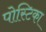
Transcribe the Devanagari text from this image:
पोस्टिका